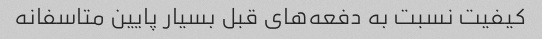
کیفیت نسبت به دفعه‌های قبل بسیار پایین متاسفانه